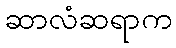
ဆာလံဆရာက